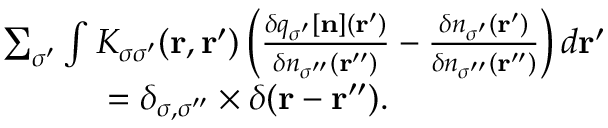
\begin{array} { r l } & { \sum _ { \sigma ^ { \prime } } \int K _ { \sigma \sigma ^ { \prime } } ( { \bf r } , { \bf r ^ { \prime } } ) \left( \frac { \delta q _ { \sigma ^ { \prime } } [ { \bf n } ] ( { \bf r ^ { \prime } } ) } { \delta n _ { \sigma ^ { \prime \prime } } ( { \bf r ^ { \prime \prime } } ) } - \frac { \delta n _ { \sigma ^ { \prime } } ( { \bf r ^ { \prime } } ) } { \delta n _ { \sigma ^ { \prime \prime } } ( { \bf r ^ { \prime \prime } } ) } \right) d { \bf r ^ { \prime } } } \\ & { ~ ~ ~ ~ ~ ~ ~ ~ ~ = \delta _ { \sigma , \sigma ^ { \prime \prime } } \times \delta ( { \bf r - r ^ { \prime \prime } } ) . } \end{array}